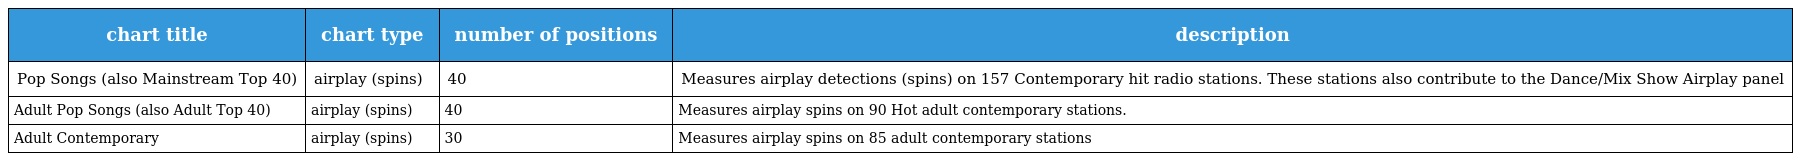
| chart title | chart type | number of positions | description |
 | --- | --- | --- | --- |
 | Pop Songs (also Mainstream Top 40) | airplay (spins) | 40 | Measures airplay detections (spins) on 157 Contemporary hit radio stations. These stations also contribute to the Dance/Mix Show Airplay panel |
 | Adult Pop Songs (also Adult Top 40) | airplay (spins) | 40 | Measures airplay spins on 90 Hot adult contemporary stations. |
 | Adult Contemporary | airplay (spins) | 30 | Measures airplay spins on 85 adult contemporary stations |